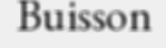
Buisson